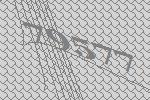
79577